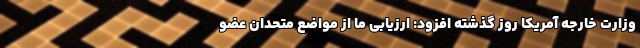
وزارت خارجه آمریکا روز گذشته افزود: ارزیابی ما از مواضع متحدان عضو